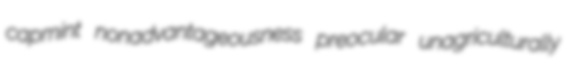
capmint nonadvantageousness preocular unagriculturally